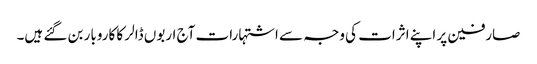
صارفین پر اپنے اثرات کی وجہ سے اشتہارات آج اربوں ڈالر کا کاروبار بن گئے ہیں۔